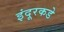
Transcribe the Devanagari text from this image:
इंदूरकडे